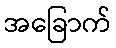
အခြောက်